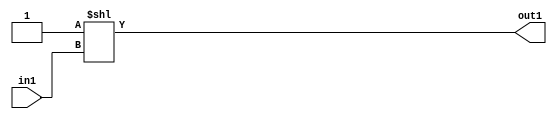
`timescale 1ps / 1ps
/*****************************************************************************
    Verilog RTL Description
    
    
    Created by: Stratus DpOpt 2019.1.04 
*******************************************************************************/

module fir_DECODE_8U_25_4 (
	in1,
	out1
	); /* architecture "behavioural" */ 
input [2:0] in1;
output [7:0] out1;
wire [7:0] asc001;

assign asc001 = 8'B00000001 << in1;

assign out1 = asc001;
endmodule

/* CADENCE  urfwSQo= : u9/ySgnWtBlWxVbRXgAU4eg= ** DO NOT EDIT THIS LINE ******/